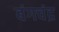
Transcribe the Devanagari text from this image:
बंगचंद्र